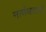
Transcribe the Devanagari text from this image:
नाणेघाटाचे